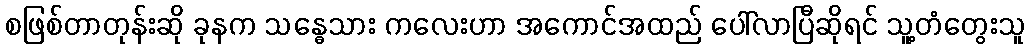
စဖြစ်တာတုန်းဆို ခုနက သန္ဓေသား ကလေးဟာ အကောင်အထည် ပေါ်လာပြီဆိုရင် သူ့တံတွေးသူ